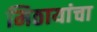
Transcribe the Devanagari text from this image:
मिठायांचा